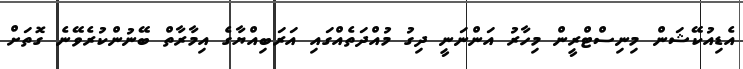
އެޑިއުކޭޝަން މިނިސްޓްރީން މިހާރު އަންނަނީ ދިގު މުއްދަތެއްގައި އަރަބިއްޔާގެ އިމާރާތް ބޭނުންކުރެވޭނެ ގޮތަށް